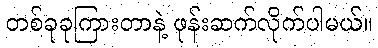
တစ်ခုခုကြားတာနဲ့ ဖုန်းဆက်လိုက်ပါမယ်။